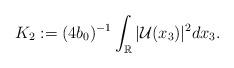
LaTeX: \begin{align*}K_{2} := (4b_0)^{-1} \int_{\mathbb{R}} \vert \mathcal{U}(x_{3}) \vert^{2} dx_{3}.\end{align*}